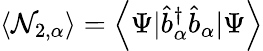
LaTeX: \left\langle\mathcal{N}_{2,\alpha}\right\rangle=\left\langle\Psi|\hat{{b}}_{\alpha}^{\dagger}\hat{{b}}_{\alpha}|\Psi\right\rangle